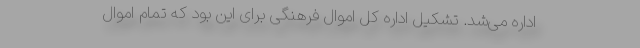
اداره می‌شد. تشکیل اداره کل اموال فرهنگی برای این بود که تمام اموال